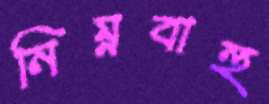
নিম্নবাহু